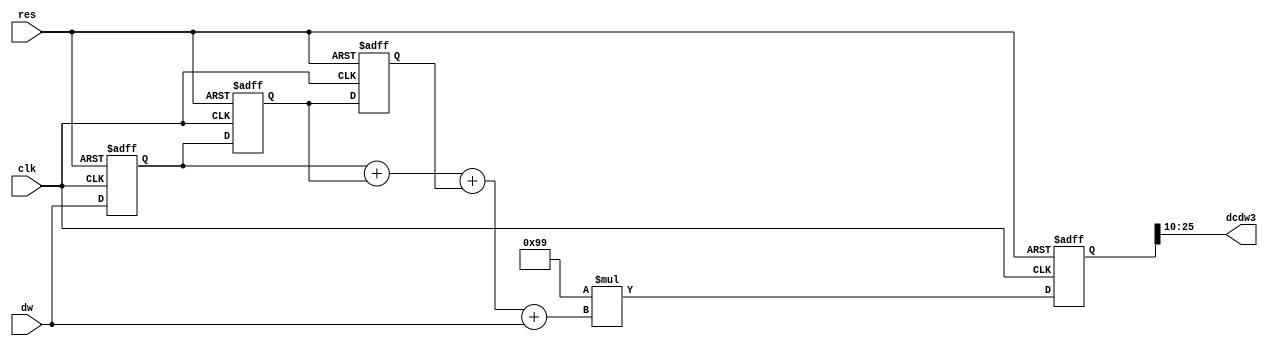
// This program was cloned from: https://github.com/weenslab/fpga101
// License: MIT License

`timescale 1ns / 1ps
//////////////////////////////////////////////////////////////////////////////////
// Company: Kyushu Institute of Technology
// 
// Design Name:    Neural Network (using backpropagation)
// Module Name:    dw_adder 
// Project Name:   LSI Design Contest in Okinawa 2018
// Target Devices: 
// Tool versions: 
//
// Description: 
//			Calculation of delta2 with 2 input and 1 output
// Input : 
//		clk				: 1 bit
//		reset			: 1 bit : high active
//		dw              : 16 bits 00_0000.0000_0000_00 signed : delta weight value
//
// Output:
//		dcdw3            : 16 bits 00_0000.0000_0000_00 signed : new weight parameter
//
// Dependencies: 
//
// Revision: 
// Revision 0.01 - File Created
// Additional Comments: 
//
//////////////////////////////////////////////////////////////////////////////////
module dw_adder(clk,res,dw,dcdw3);
	input 	clk,res;
	input signed [15:0] dw;
	output signed [15:0] dcdw3;
	
	reg [3:0]		q;
	reg signed [15:0]	delta3a2_1,delta3a2_2,delta3a2_3;
	reg signed [15:0]	eta = 16'b1111111110011001;//eta=-0.1
	reg signed [31:0]	tmp_dcdw3;

	always@(posedge clk or posedge res) 
	begin
		if(res == 1'b1)
			q <= 4'h0;
		else if(q == 4'h3)
			q <= 4'h0;
		else
			q <= q + 4'h1;
	end
	
	always@(posedge clk or posedge res)
	begin
		if (res == 1'b1)
			begin
				delta3a2_1 <= 16'd0;
				delta3a2_2 <= 16'd0;
				delta3a2_3 <= 16'd0;
				tmp_dcdw3 <= 16'd0;
			end			
		else 
		  begin
		      delta3a2_3 <= delta3a2_2;
		      delta3a2_2 <= delta3a2_1;
		      delta3a2_1 <= dw;
		      tmp_dcdw3 <= eta * (delta3a2_1 + delta3a2_2 + delta3a2_3 + dw);
	       end					
	end
	
	assign dcdw3 = tmp_dcdw3[25:10];

endmodule